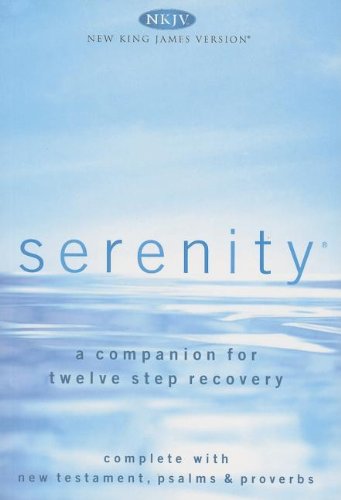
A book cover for Serenity: A Companion for Twelve Step Recovery; Robert Hemfelt; Health, Fitness & Dieting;